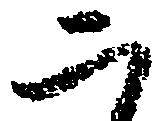
二